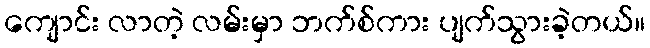
ကျောင်း လာတဲ့ လမ်းမှာ ဘက်စ်ကား ပျက်သွားခဲ့တယ်။